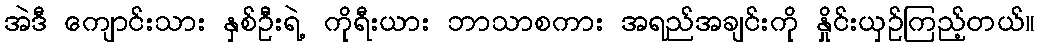
အဲဒီ ကျောင်းသား နှစ်ဦးရဲ့ ကိုရီးယား ဘာသာစကား အရည်အချင်းကို နှိုင်းယှဉ်ကြည့်တယ်။